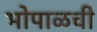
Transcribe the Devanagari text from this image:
भोपाळची